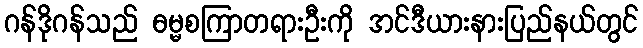
ဂန်ဒိုဂန်သည် ဓမ္မစကြာတရားဦးကို အင်ဒီယားနားပြည်နယ်တွင်